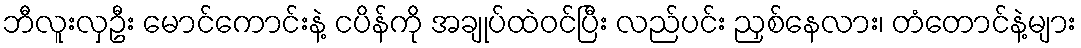
ဘီလူးလှဦး မောင်ကောင်းနဲ့ ငပိန်ကို အချုပ်ထဲဝင်ပြီး လည်ပင်း ညှစ်နေလား၊ တံတောင်နဲ့များ